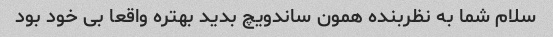
سلام شما به نظربنده همون ساندویچ بدید بهتره واقعا بی خود بود